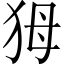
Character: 𤝕